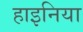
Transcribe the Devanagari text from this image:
हाइनिया